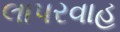
લાપરવાહ